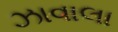
ઝાવાલા